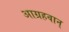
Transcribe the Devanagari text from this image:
आग्रहवान्‌